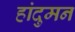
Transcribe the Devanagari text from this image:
हांदुमन